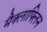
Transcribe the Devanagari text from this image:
मैक्लाफ्लिन